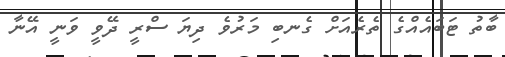
ބާތު ޓަބައެއްގެ ތެރެއަށް ގެނބި މަރުވެ ދިޔަ ސްރީ ދޭވީ ވަނީ އޭނާ